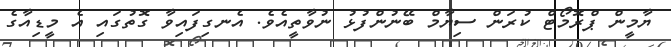
ޔާމީން ޕްރޮމޯޓް ކުރަން ސިޔާމް ބޭނުންފުޅު ނުވާތީއެވެ. އެނގިފައިވާ ގޮތުގައި އެ މީޑިއާގެ